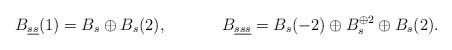
\begin{align*}&B_{\underline{ss}}(1)=B_s\oplus B_s(2), &&B_{\underline{sss}}=B_s(-2)\oplus B_s^{\oplus 2} \oplus B_s(2).\end{align*}